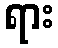
ရား